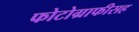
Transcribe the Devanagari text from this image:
फोटोग्राफीसह